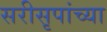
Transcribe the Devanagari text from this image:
सरीसृपांच्या